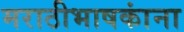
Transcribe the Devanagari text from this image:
मराठीभाषकांना